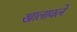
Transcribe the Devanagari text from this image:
खालावले